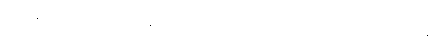
အလွန်ပြေးသွားသော ဥစ္ဆေဒဒိဋ္ဌိ၏ အစွမ်းအားဖြင့်။ (ပေ ၃၂၉) အတိက္ကမန္တိ၊